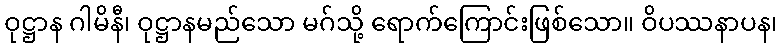
ဝုဋ္ဌာန ဂါမိနီ၊ ဝုဋ္ဌာနမည်သော မဂ်သို့ ရောက်ကြောင်းဖြစ်သော။ ဝိပဿနာပန၊